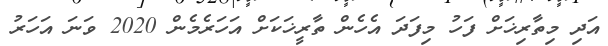
އަދި މިތާރިޚަށް ފަހު މިފަދަ އެހެން ތާރީޚަކަށް އަހަރެމެން 2020 ވަނަ އަހަރު